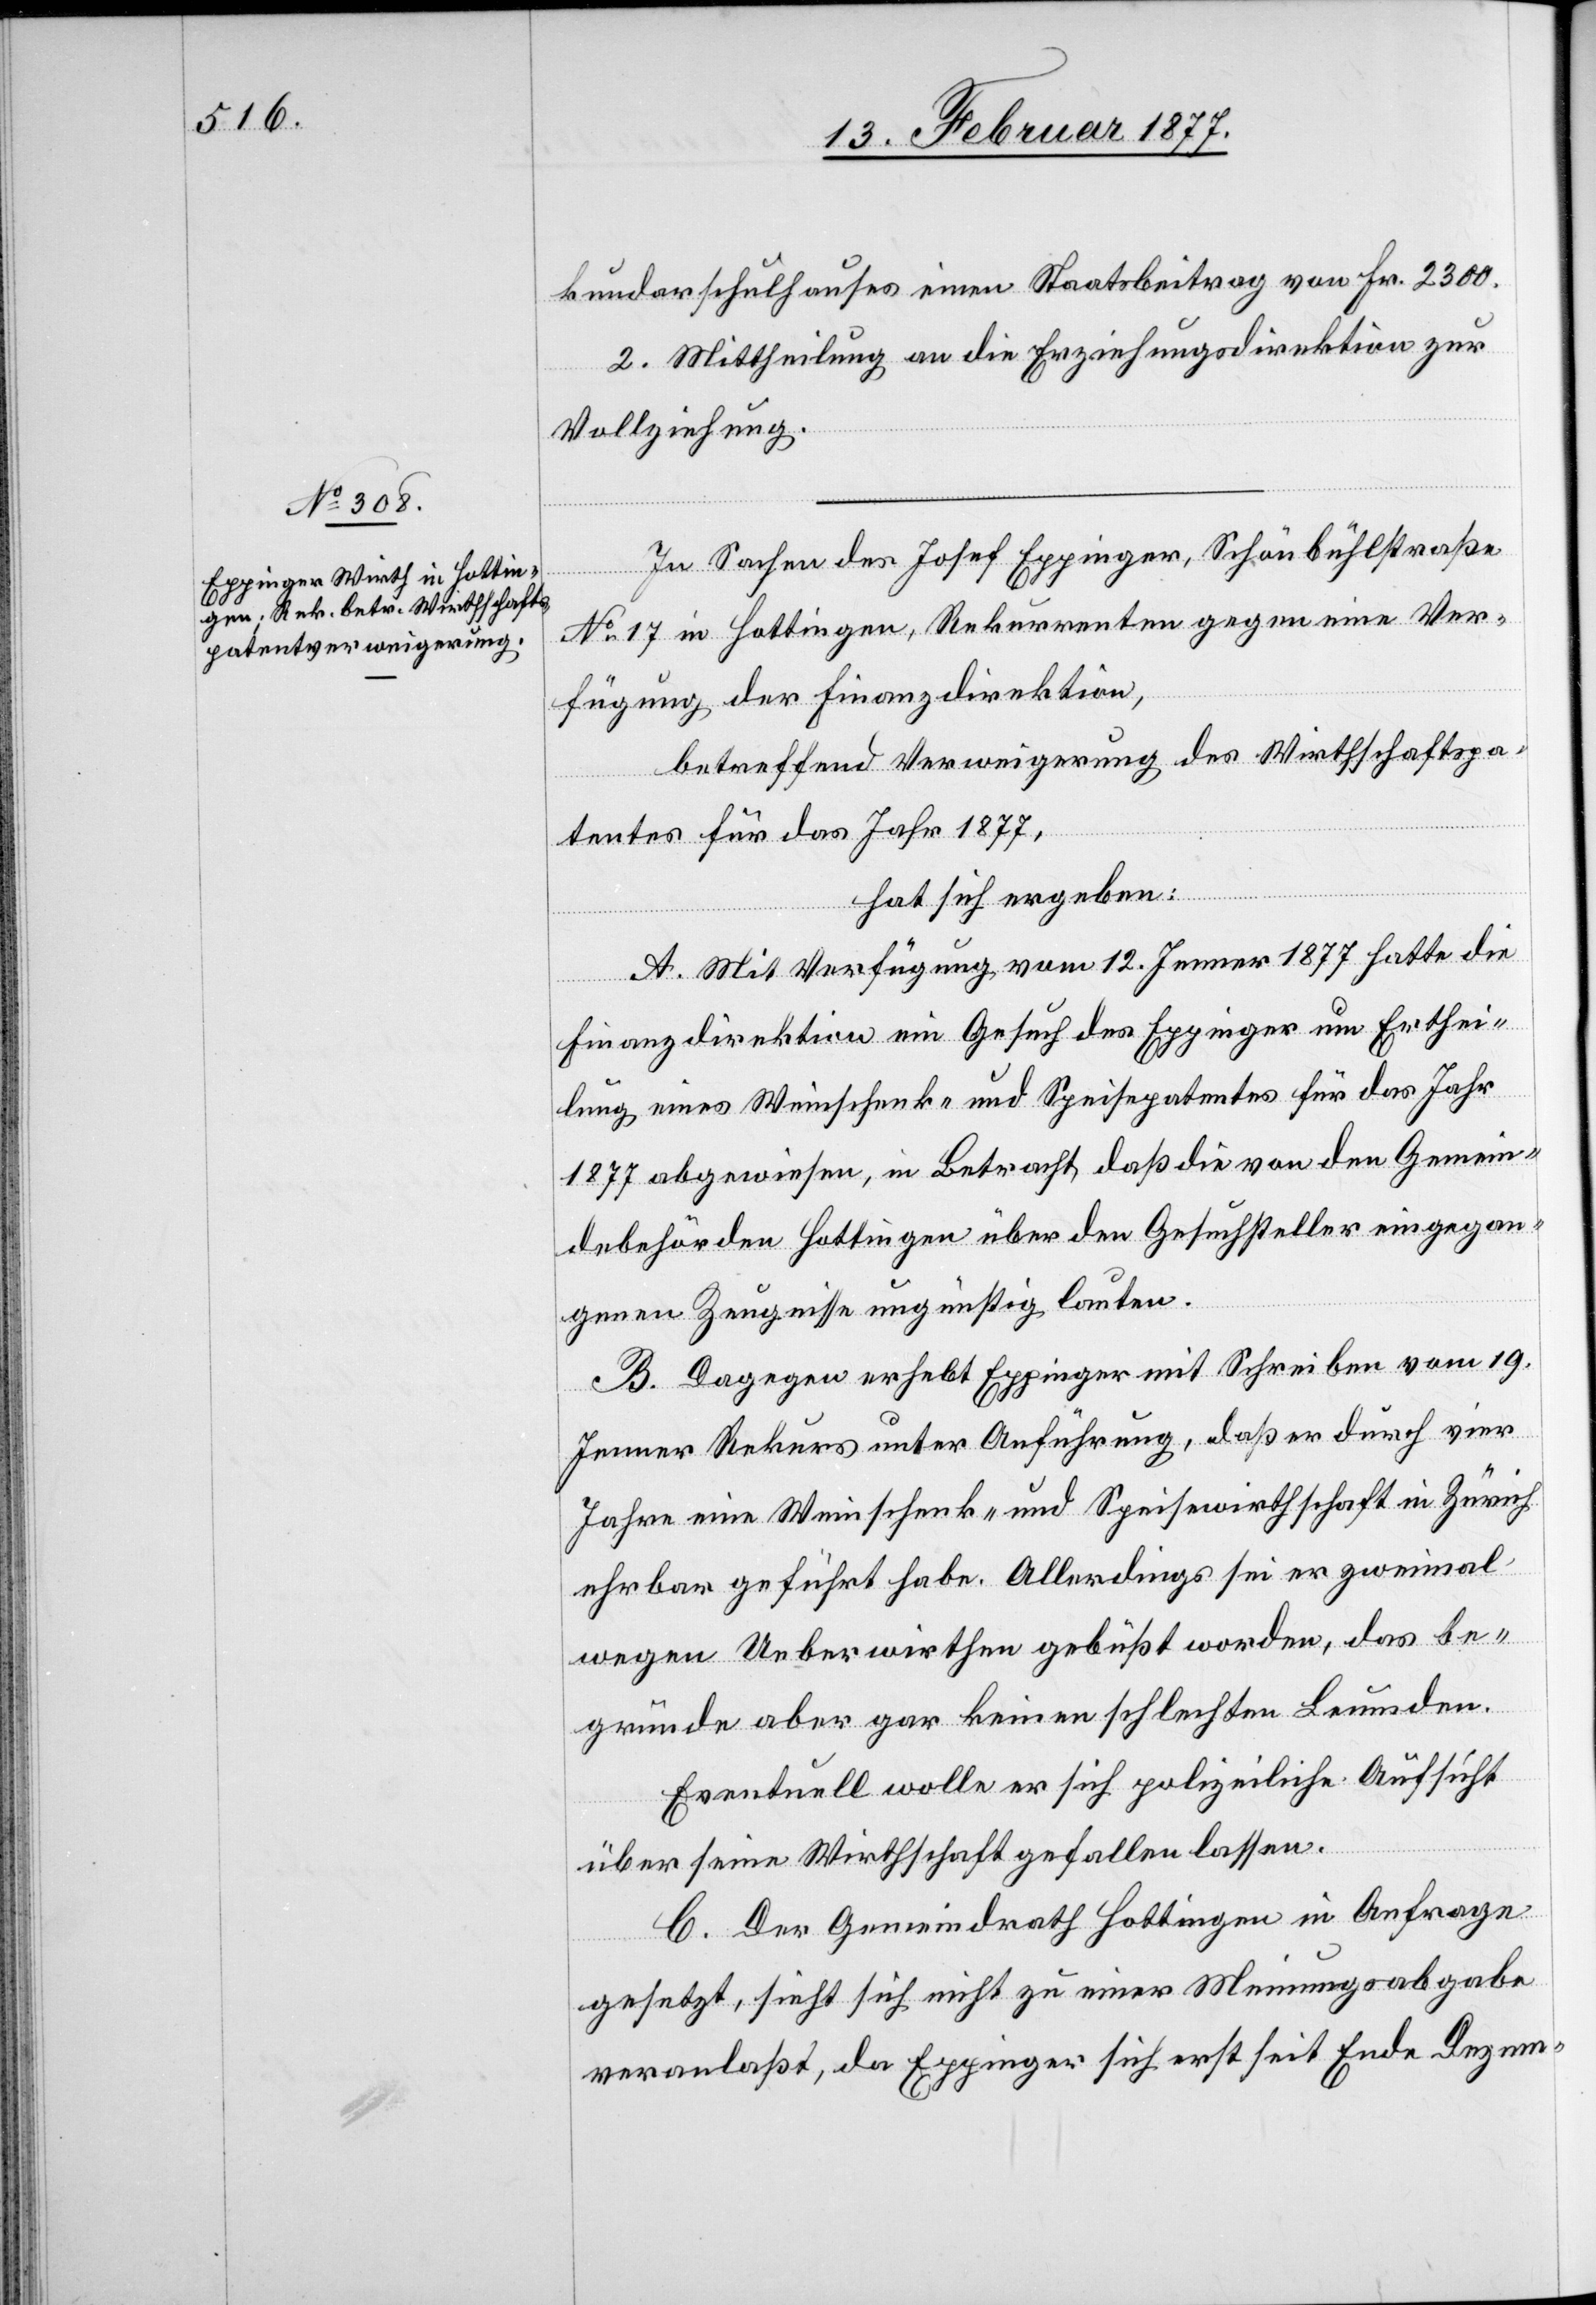
kundarschulhauses einen Staatsbeitrag von Fr. 2300.
2. Mittheilung an die Erziehungsdirektion zur
Vollziehung.
In Sachen des Josef Eppinger, Schönbühlstraße
No 17 in Hottingen, Rekurrenten gegen eine Ver¬
fügung der Finanzdirektion,
betreffend Verweigerung des Wirthschaftspa¬
tentes für das Jahr 1877,
hat sich ergeben:
A. Mit Verfügung vom 12. Jenner 1877 hatte die
Finanzdirektion ein Gesuch des Eppinger um Erthei¬
lung eines Weinschenk- und Speisepatentes für das Jahr
1877 abgewiesen, in Betracht, daß die von den Gemein¬
debehörden Hottingen über den Gesuchsteller eingegan¬
genen Zeugnisse ungünstig lauten.
B. Dagegen erhebt Eppinger mit Schreiben vom 19.
Jenner Rekurs unter Anführung, daß er durch vier
Jahre eine Weinschenk- und Speisewirthschaft in Zürich
ehrbar geführt habe. Allerdings sei er zweimal
wegen Ueberwirthen gebüßt worden, das be¬
gründe aber gar keinen schlechten Leumund.
Eventuell wolle er sich polizeiliche Aufsicht
über seine Wirthschaft gefallen lassen.
C. Der Gemeindrath Hottingen in Anfrage
gesetzt, sieht sich nicht zu einer Meinungsabgabe
veranlaßt, da Eppinger sich erst seit Ende Dezem-